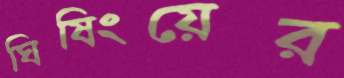
ঘিষিংয়ের